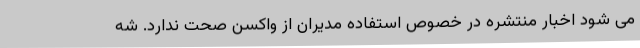
می شود اخبار منتشره در خصوص استفاده مدیران از واکسن صحت ندارد. شه